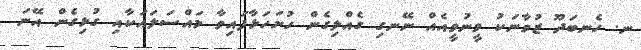
ނ. ހެނބަދޫ ޒުވާނަކު ވީނުވީއެއް ނޭނގި ގެއްލިގެން ހުށަހަޅާފައިވާ މައްސަލައަކާއި ގުޅިގެން އޭނަ